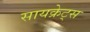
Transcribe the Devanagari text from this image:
सायक्रेट्स